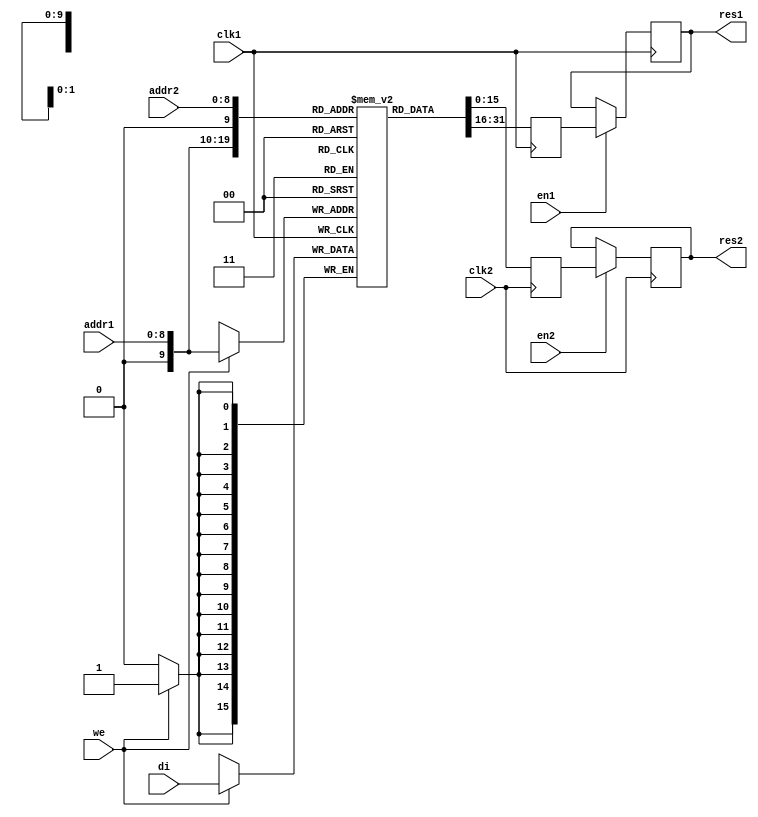
module ram_pipeline_block (clk1, clk2, we, en1, en2, addr1, addr2, di, res1, res2);
input clk1;
input clk2;
input we, en1, en2;
input [8:0] addr1;
input [8:0] addr2;
input [15:0] di;
output [15:0] res1;
output [15:0] res2;

reg [15:0] res1;
reg [15:0] res2;

(* ram_style = "block" *)
reg [15:0] RAM [512:0];
reg [15:0] do1;
reg [15:0] do2;

always @(posedge clk1)
begin
	if (we == 1'b1)
		RAM[addr1] <= di;
		do1 <= RAM[addr1];
end

always @(posedge clk2)
begin
	do2 <= RAM[addr2];
end

always @(posedge clk1)
begin
	if (en1 == 1'b1)
	res1 <= do1;
end

always @(posedge clk2)
begin
	if (en2 == 1'b1)
	res2 <= do2;
end

endmodule